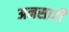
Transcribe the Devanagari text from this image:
अनसारी